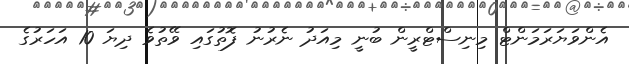
އެންވަޔަރަމަންޓް މިނިސްޓްރީން ބުނީ މިއަދު ނެރުނު ފޮތުގައި ވޭތުވެ ދިޔަ 10 އަހަރުގެ